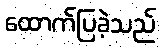
ထောက်ပြခဲ့သည်